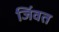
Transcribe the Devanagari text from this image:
जिंवत